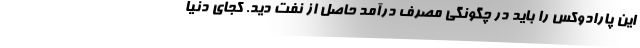
این پارادوکس را باید در چگونگی مصرف درآمد حاصل از نفت دید. کجای دنیا